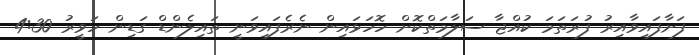
ފަށާފައިވާއިރު ފުރަތަމަ ކުއްޖާ ސަލާމަތްކޮށް ހޮހަޅައިން ނެރެފައިވަނީ ތައިލެންޑް ގަޑިން ހަވީރު 4:30